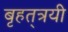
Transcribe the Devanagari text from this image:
बृहत्‌त्रयी